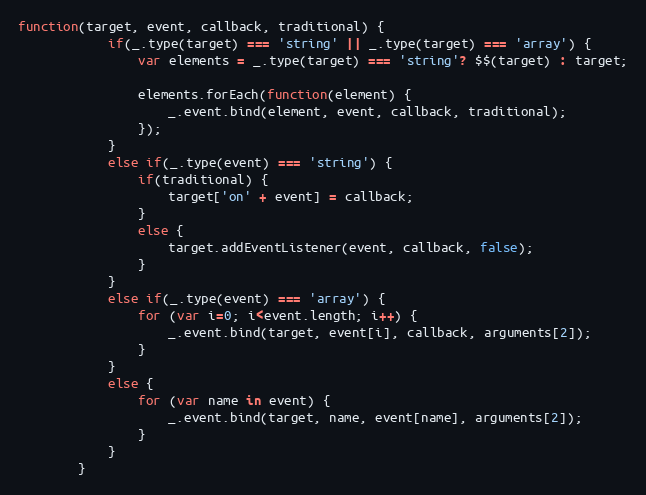
Language: JavaScript
function(target, event, callback, traditional) {
			if(_.type(target) === 'string' || _.type(target) === 'array') {
				var elements = _.type(target) === 'string'? $$(target) : target;

				elements.forEach(function(element) {
					_.event.bind(element, event, callback, traditional);
				});
			}
			else if(_.type(event) === 'string') {
				if(traditional) {
					target['on' + event] = callback;
				}
				else {
					target.addEventListener(event, callback, false);
				}
			}
			else if(_.type(event) === 'array') {
				for (var i=0; i<event.length; i++) {
					_.event.bind(target, event[i], callback, arguments[2]);
				}
			}
			else {
				for (var name in event) {
					_.event.bind(target, name, event[name], arguments[2]);
				}
			}
		}